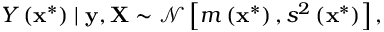
Y \left( \mathbf { x } ^ { * } \right) \mid \mathbf { y } , \mathbf { X } \sim \mathcal { N } \left[ m \left( \mathbf { x } ^ { * } \right) , s ^ { 2 } \left( \mathbf { x } ^ { * } \right) \right] ,